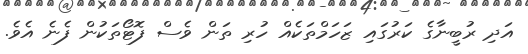
އަދި ރުބީނާގެ ކަރުގައި ޒަހަމްތަކެއް ހުރި ތަން ވެސް ފޮޓޯތަކުން ފެނެ އެވެ.